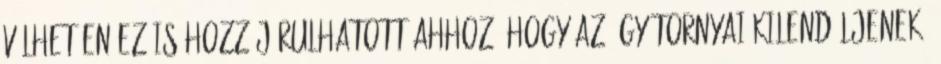
vélhetően ez is hozzájárulhatott ahhoz, hogy az ágyútornyai kilendüljenek,